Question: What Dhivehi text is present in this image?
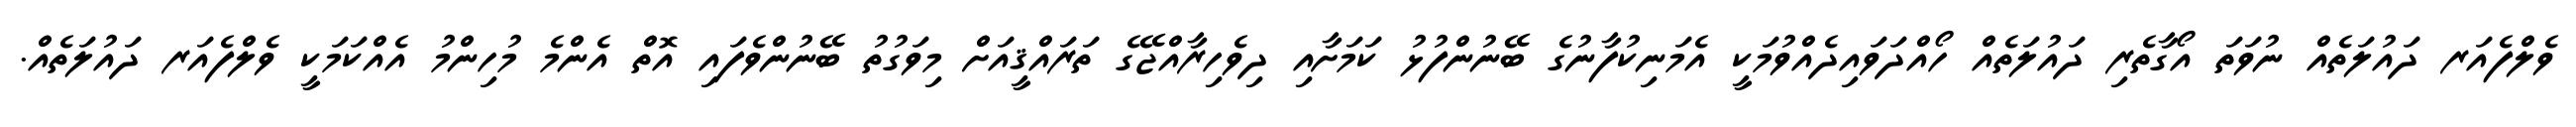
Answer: ވެލްފެއަރ ދައުލަތެއް ނުވަތަ އޯގާތެރި ދައުލަތެއް ހޯއްދަވައިދެއްވުމަކީ އެމަނިކުފާނުގެ ބޭނުންފުޅު ކަމަށާއި ދިވެހިރާއްޖޭގެ ތަރައްޤީއަށް މިވަގުތު ބޭނުންވެފައި އޮތް އެންމެ މުހިންމު އެއްކަމަކީ ވެލްފެއަރ ދައުލަތެއް.